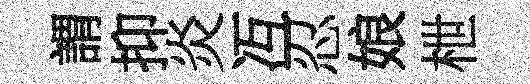
謂抑炎冱忍娘枻